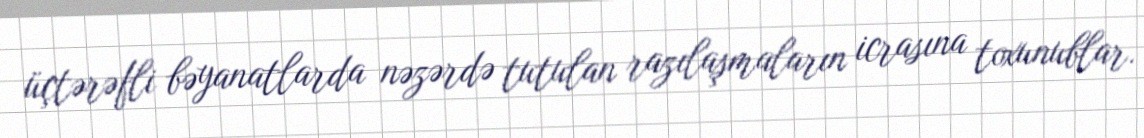
üçtərəfli bəyanatlarda nəzərdə tutulan razılaşmaların icrasına toxunublar.